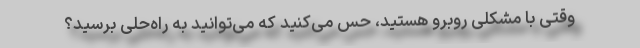
وقتی با مشکلی روبرو هستید،‌ حس می‌کنید که می‌توانید به راه‌حلی برسید؟